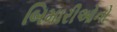
બિમારીઓનો